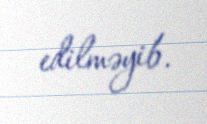
edilməyib.